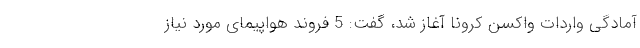
آمادگی واردات واکسن کرونا آغاز شد، گفت: 5 فروند هواپیمای مورد نیاز